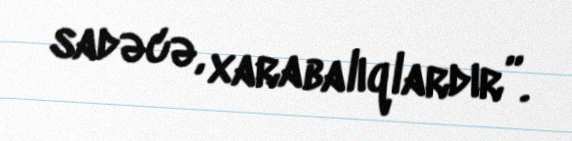
sadəcə, xarabalıqlardır”.